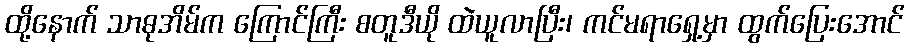
ထို့နောက် သာဓုအိမ်က ကြောင်ကြီး စတူဒီယို ထဲယူလာပြီး၊ ကင်မရာရှေ့မှာ ထွက်ပြေးအောင်